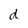
Character: d